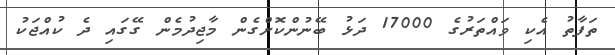
ތަފާތު އެކި ވައްތަރުގެ 17000 ދަޅު ބޭނުންކޮށްގެން މާޖިދުމެން ގޭގައި ދެ ކުއްޖަކު